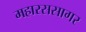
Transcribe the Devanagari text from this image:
महारससागर